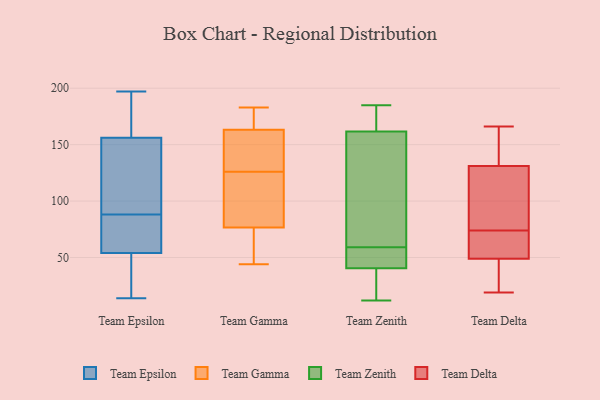
{"axis": {"x": "Revenue (USD Million)", "y": "Value"}, "legend": ["Team Delta", "Team Epsilon", "Team Gamma", "Team Zenith"], "data": [{"x": "", "y": 101, "type": "Team Epsilon"}, {"x": "", "y": 34, "type": "Team Epsilon"}, {"x": "", "y": 14, "type": "Team Epsilon"}, {"x": "", "y": 54, "type": "Team Epsilon"}, {"x": "", "y": 93, "type": "Team Epsilon"}, {"x": "", "y": 156, "type": "Team Epsilon"}, {"x": "", "y": 83, "type": "Team Epsilon"}, {"x": "", "y": 197, "type": "Team Epsilon"}, {"x": "", "y": 54, "type": "Team Epsilon"}, {"x": "", "y": 182, "type": "Team Epsilon"}, {"x": "", "y": 131, "type": "Team Gamma"}, {"x": "", "y": 133, "type": "Team Gamma"}, {"x": "", "y": 112, "type": "Team Gamma"}, {"x": "", "y": 149, "type": "Team Gamma"}, {"x": "", "y": 168, "type": "Team Gamma"}, {"x": "", "y": 71, "type": "Team Gamma"}, {"x": "", "y": 128, "type": "Team Gamma"}, {"x": "", "y": 126, "type": "Team Gamma"}, {"x": "", "y": 104, "type": "Team Gamma"}, {"x": "", "y": 168, "type": "Team Gamma"}, {"x": "", "y": 93, "type": "Team Gamma"}, {"x": "", "y": 180, "type": "Team Gamma"}, {"x": "", "y": 45, "type": "Team Gamma"}, {"x": "", "y": 183, "type": "Team Gamma"}, {"x": "", "y": 66, "type": "Team Gamma"}, {"x": "", "y": 168, "type": "Team Gamma"}, {"x": "", "y": 110, "type": "Team Gamma"}, {"x": "", "y": 44, "type": "Team Gamma"}, {"x": "", "y": 60, "type": "Team Gamma"}, {"x": "", "y": 162, "type": "Team Zenith"}, {"x": "", "y": 57, "type": "Team Zenith"}, {"x": "", "y": 59, "type": "Team Zenith"}, {"x": "", "y": 185, "type": "Team Zenith"}, {"x": "", "y": 162, "type": "Team Zenith"}, {"x": "", "y": 35, "type": "Team Zenith"}, {"x": "", "y": 25, "type": "Team Zenith"}, {"x": "", "y": 59, "type": "Team Zenith"}, {"x": "", "y": 93, "type": "Team Zenith"}, {"x": "", "y": 161, "type": "Team Zenith"}, {"x": "", "y": 12, "type": "Team Zenith"}, {"x": "", "y": 53, "type": "Team Delta"}, {"x": "", "y": 49, "type": "Team Delta"}, {"x": "", "y": 131, "type": "Team Delta"}, {"x": "", "y": 153, "type": "Team Delta"}, {"x": "", "y": 166, "type": "Team Delta"}, {"x": "", "y": 19, "type": "Team Delta"}, {"x": "", "y": 32, "type": "Team Delta"}, {"x": "", "y": 81, "type": "Team Delta"}, {"x": "", "y": 97, "type": "Team Delta"}, {"x": "", "y": 67, "type": "Team Delta"}]}